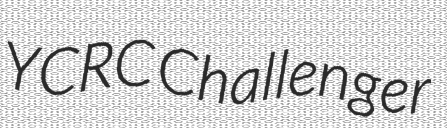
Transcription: YCRC Challenger